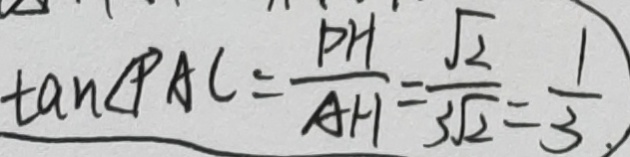
\tan \angle P A C = \frac { P H } { A H } = \frac { \sqrt { 2 } } { 3 \sqrt { 2 } } = \frac { 1 } { 3 }